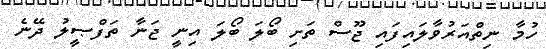
ހުމާ ނިތްއަރުވާލައިފައި ޖޫސް ތަށި ބޯލަ ބޯލަ އިނީ ޖަނާ ތަފްޞީލު ދޭނެ